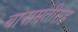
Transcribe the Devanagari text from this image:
बासमतीसह